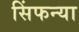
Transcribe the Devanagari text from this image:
सिंफन्या